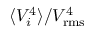
\langle V _ { i } ^ { 4 } \rangle / V _ { \mathrm { r m s } } ^ { 4 }